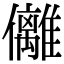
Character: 㒧